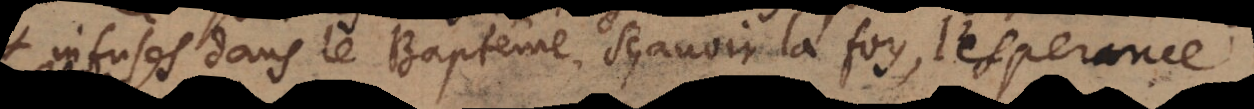
infusées dans le Baptême, sçavoir la foy, l’esperance